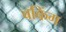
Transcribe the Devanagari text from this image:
बकिंग